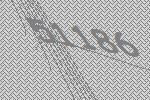
51186